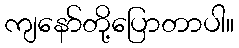
ကျနော်တို့ပြောတာပါ။